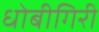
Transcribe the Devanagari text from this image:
धोबीगिरी